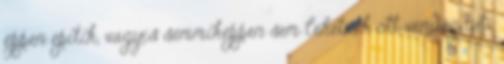
éppen építik, vagyis semmiképpen sem lehetnek ott vendég tuti